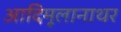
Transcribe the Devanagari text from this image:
आदिमूलानाथर